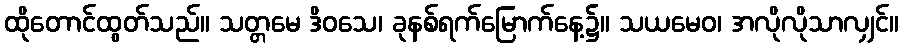
ထိုတောင်ထွတ်သည်။ သတ္တမေ ဒိဝသေ၊ ခုနစ်ရက်မြောက်နေ့၌။ သယမေဝ၊ အလိုလိုသာလျှင်။